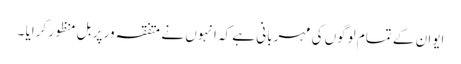
ایوان کے تمام لوگوں کی مہربانی ہے کہ انہوں نے متفقہ ور پر بل منظور کرایا ۔